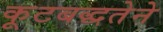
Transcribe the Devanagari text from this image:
कूटबद्धतेने